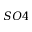
S O 4